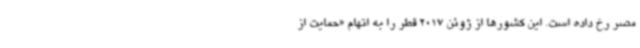
مصر رخ داده است. این کشورها از ژوئن 2017 قطر را به اتهام «حمایت از